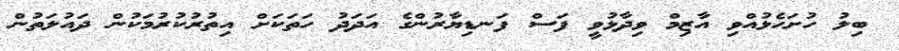
ބިލު ހުށަހެޅުއްވި އާޒިމް ވިދާޅުވީ ފަސް ފަނޑިޔާރުންގެ އަދަދު ހަތަކަށް އިތުރުކުރުމަކުން ދައުލަތުން